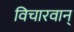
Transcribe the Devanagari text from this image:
विचारवान्